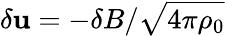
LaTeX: {\delta\mathbf u}=-{\mathbf\delta B}/\sqrt{4\pi\rho_{0}}